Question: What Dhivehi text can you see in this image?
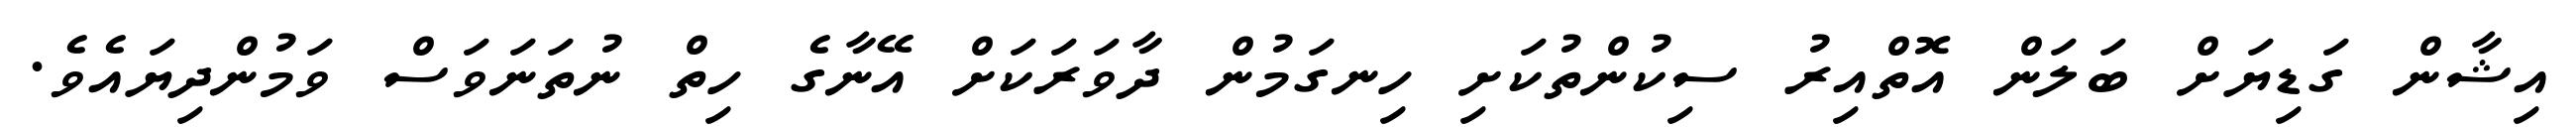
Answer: އިޝާން ގަޑިޔަށް ބަލަން އޮތްއިރު ސިކުންތުކަށި ހިނގަމުން ދާވަރަކަށް އޭނާގެ ހިތް ނުތަނަވަސް ވަމުންދިޔައެވެ.